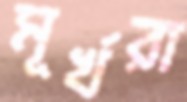
মূর্খরা